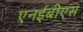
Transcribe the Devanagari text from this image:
एनईबीएस